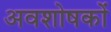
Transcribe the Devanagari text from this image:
अवशोषकों